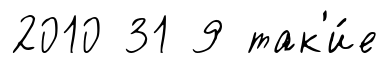
2010 31 9 так'и́е